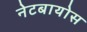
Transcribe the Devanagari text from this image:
नेटबायोस